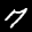
Label: 7